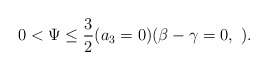
\begin{align*}0<\Psi\leq\frac{3}{2} (a_3=0)(\beta-\gamma=0,\ ).\end{align*}